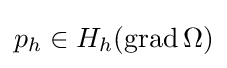
p_{h}\in H_{h}(\operatorname {grad} \Omega )